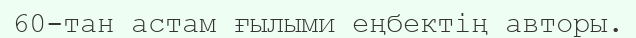
60-тан астам ғылыми еңбектің авторы.